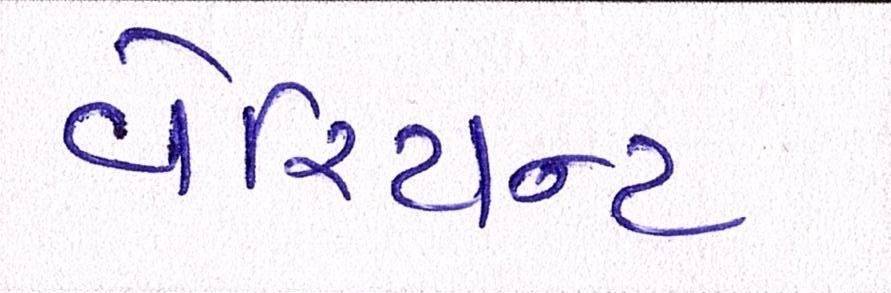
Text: વેરિયન્ટ